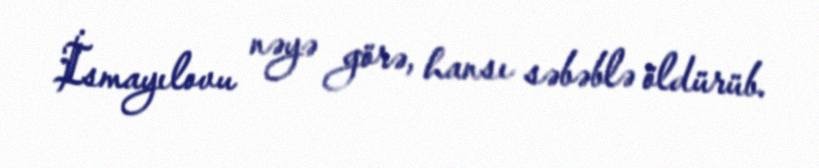
İsmayılovu nəyə görə, hansı səbəblə öldürüb.